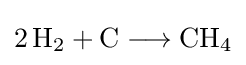
{2\,\mathrm {H} {\vphantom {A}}_{\smash[{t}]{2}}{}+{}\mathrm {C} {}\mathrel {\longrightarrow } {}\mathrm {CH} {\vphantom {A}}_{\smash[{t}]{4}}}